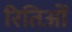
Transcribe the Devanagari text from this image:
रितिओं